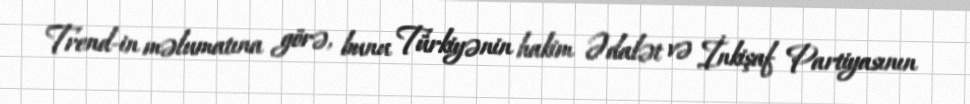
Trend-in məlumatına görə, bunu Türkiyənin hakim Ədalət və İnkişaf Partiyasının